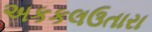
અકકલઉતારા